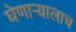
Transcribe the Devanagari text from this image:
घेणार्‍यालाच